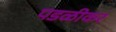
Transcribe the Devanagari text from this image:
पडळीकर